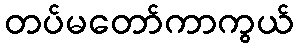
တပ်မတော်ကာကွယ်